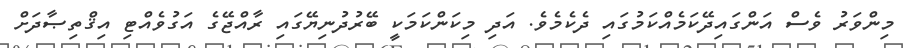
މިންވަރު ވެސް އަންގައިދޭކަމެއްކަމުގައި ދެކެމެވެ. އަދި މިކަންކަމަކީ ބޭރުދުނިޔޭގައި ރާއްޖޭގެ އަގުވެއްޓި އިޤްތިޞާދަށް